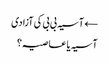
← آسیہ بی بی کی آزادی
آسیہ یا عاصیہ؟